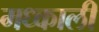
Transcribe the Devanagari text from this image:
मध्काली